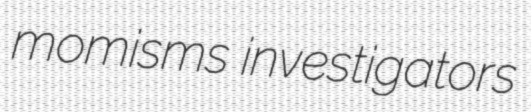
momisms investigators